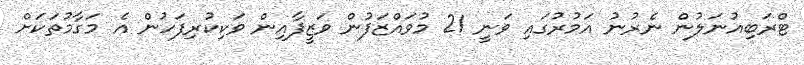
ޓްރަބިއުނަލުން ނެރުނު އަމުރުގައި ވަނީ 21 މުވައްޒަފުން ވަޒީފާއިން ވަކިކުރިފަހުން އެ މަގާމުތަކަށް